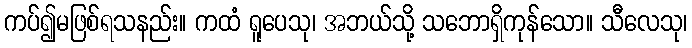
ကပ်၍မဖြစ်ရသနည်း။ ကထံ ရူပေသု၊ အဘယ်သို့ သဘောရှိကုန်သော။ သီလေသု၊